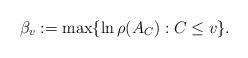
LaTeX: \begin{align*}\beta_v:=\max\{\ln\rho(A_C):C\leq v\}.\end{align*}